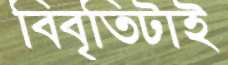
বিবৃতিটাই